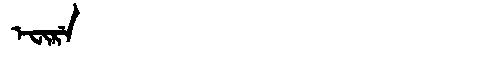
Manchu: ᡝᠸᡳᡵᡝ
Romanization: EFIRE